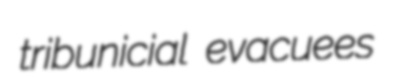
tribunicial evacuees